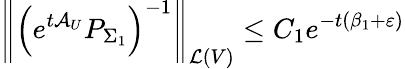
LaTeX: \left\Vert\left(e^{t\mathcal{A}_{U}}P_{\Sigma_{1}}\right)^{-1}\right\Vert_{\mathcal{L}(V)}\leq C_{1}e^{-t(\beta_{1}+\varepsilon)}